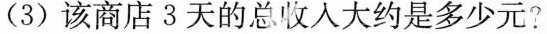
(3)该商店3天的总收人大约是多少元?